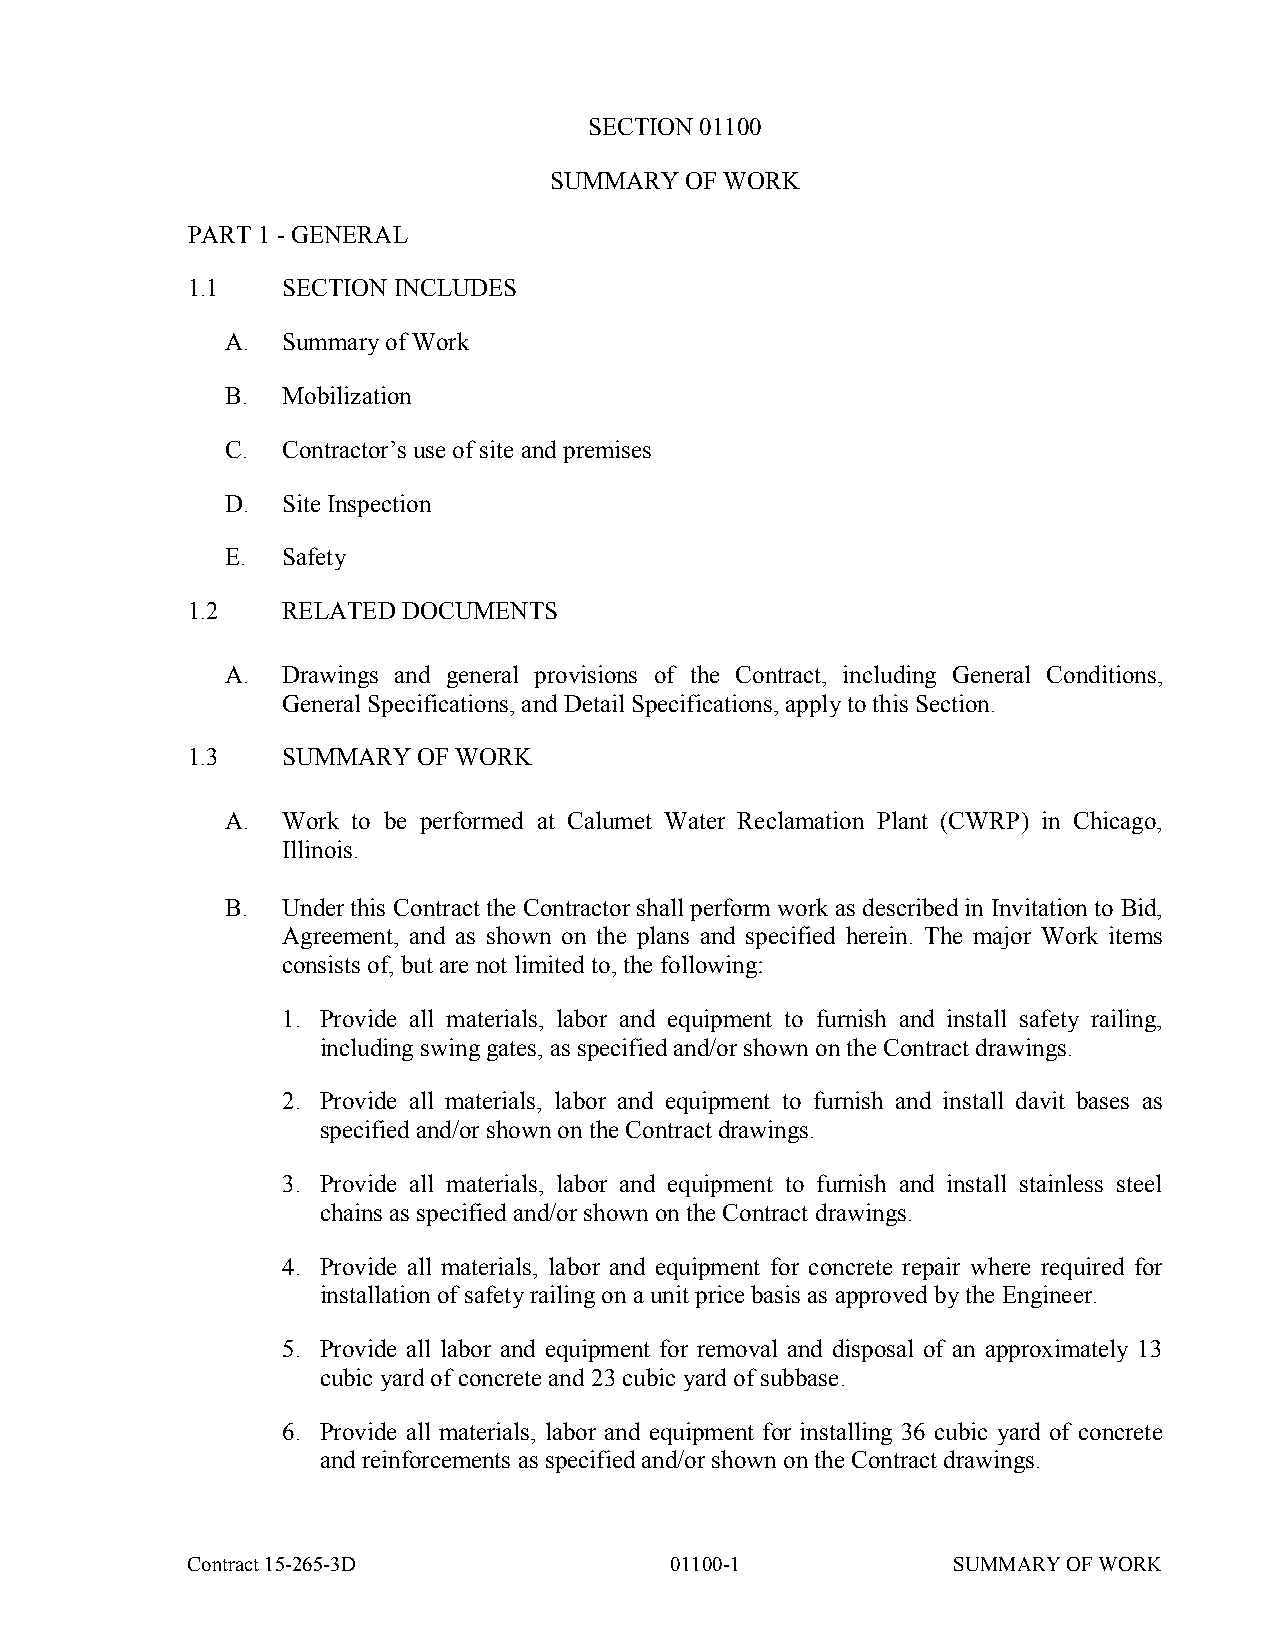
SECTION 01100
 SUMMARY  OF WORK
 PART 1 - GENERAL
 1.1    SECTION INCLUDES
 A.  Summary of Work
 B.  Mobilization
 C.  Contractor’s use of site and premises
 D.  Site Inspection
 E.  Safety
 1.2    RELATED DOCUMENTS
 A.  Drawings and general provisions of the Contract, including General Conditions,
 General Specifications, and Detail Specifications, apply to this Section.
 1.3    SUMMARY  OF WORK
 A.  Work to be performed at Calumet Water Reclamation Plant (CWRP) in Chicago,
 Illinois.
 B.  Under this Contract the Contractor shall perform work as described in Invitation to Bid,
 Agreement, and as shown on the plans and specified herein. The major Work items
 consists of, but are not limited to, the following:
 1. Provide all materials, labor and equipment to furnish and install safety railing,
 including swing gates, as specified and/or shown on the Contract drawings.
 2. Provide all materials, labor and equipment to furnish and install davit bases as
 specified and/or shown on the Contract drawings.
 3. Provide all materials, labor and equipment to furnish and install stainless steel
 chains as specified and/or shown on the Contract drawings.
 4. Provide all materials, labor and equipment for concrete repair where required for
 installation of safety railing on a unit price basis as approved by the Engineer.
 5. Provide all labor and equipment for removal and disposal of an approximately 13
 cubic yard of concrete and 23 cubic yard of subbase.
 6. Provide all materials, labor and equipment for installing 36 cubic yard of concrete
 and reinforcements as specified and/or shown on the Contract drawings.
 Contract 15-265-3D              01100-1            SUMMARY OF WORK